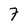
Character: 7